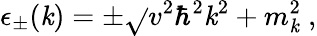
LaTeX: \epsilon_{\pm}(\mathit{k})=\pm\sqrt{}{{v^{2}\hbar^{2}\mathit{k}^{2}+m_{\mathbf{{\mathit{k}}}}^{2}}}\ ,